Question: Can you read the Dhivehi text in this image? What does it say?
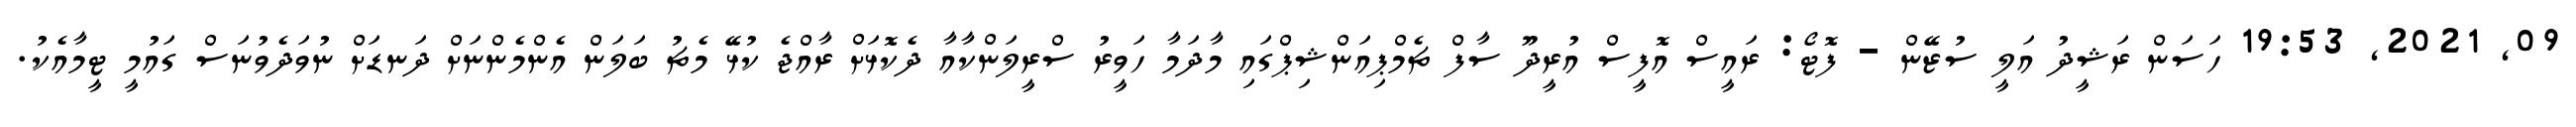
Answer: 09, 2021, 19:53 ހަސަން ރަޝީދު އަލީ ސުޒޭން - ފޮޓޯ: ރައީސް އޮފީސް އުރީދޫ ސާފް ޗެމްޕިއަންޝިޕްގައި މާދަމާ ހަވީރު ސްރީލަންކާއާ ދެކޮޅަށް ރާއްޖެ ކުޅޭ މެޗު ބަލަން އެންމެންނަށް ދަނޑަށް ނުވަދެވުނަސް ގައުމީ ޓީމާއެކު.